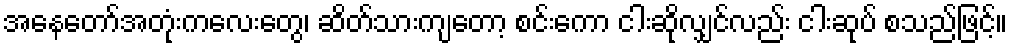
အနေတော်အတုံးကလေးတွေ၊ ဆိတ်သားကျတော့ စင်းကော ငါးဆိုလျှင်လည်း ငါးဆုပ် စသည်ဖြင့်။